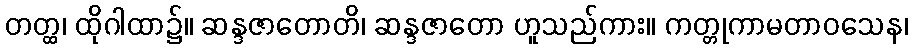
တတ္ထ၊ ထိုဂါထာ၌။ ဆန္ဒဇာတောတိ၊ ဆန္ဒဇာတော ဟူသည်ကား။ ကတ္တုကာမတာဝသေန၊